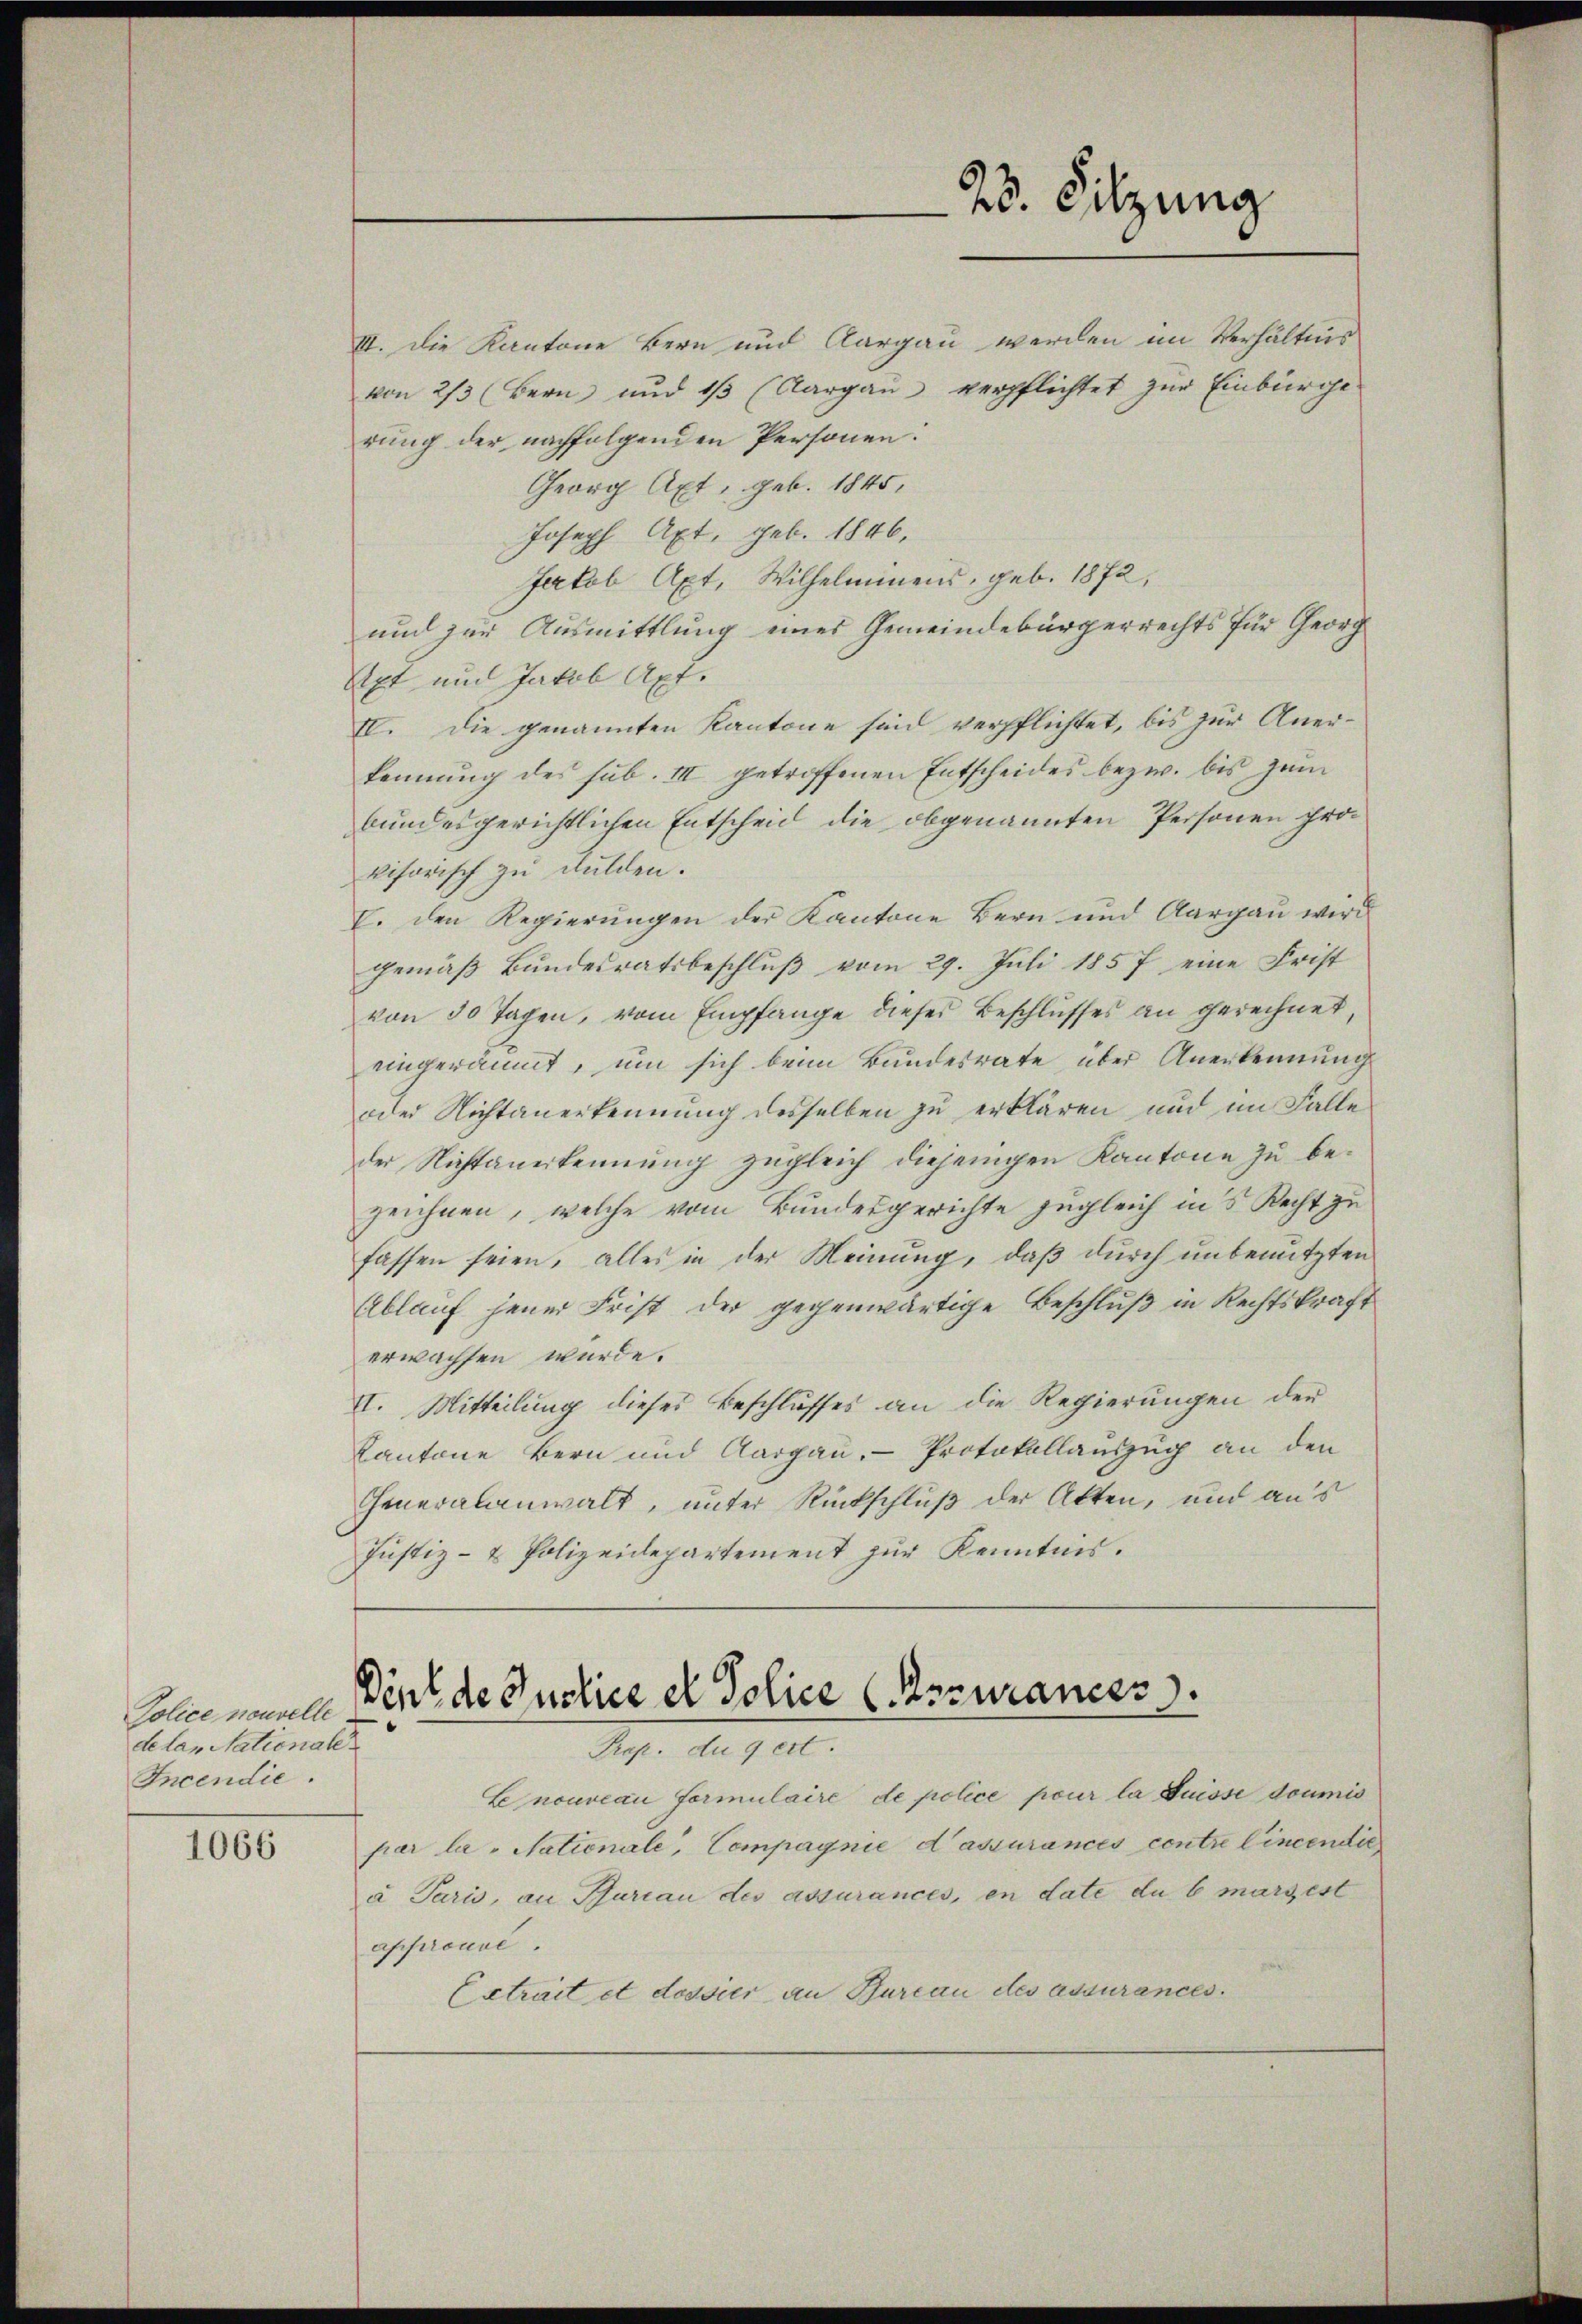
Police nouvelle.
delan Nationale
Incendie.

1066

II. Die Kantone Bern und Aargau werden im Verhältnis
von 2/3 (Bern und 1/3 (Aargaŭ verpflichtet zŭr Einbürge
rung der nachfolgenden Personen:
Georg Axt, geb. 1845,
Joseph Axt, geb. 1846,
Jakob Axt, Wilhelminens, geb. 1872,
und zur Ausmittlung eines Gemeindebürgerrechts für Georg
Apt und Jakob Apt.
IV. Die genannten Kantone sind verpflichtet, bis zur Aner-
kennung des sub. III getroffenen Entscheides bezw. bis zum
bundesgerichtlichen Entscheid die obgenannten Personen prokisorisch zu dulden.
I. den Regierungen der Kantone Bern und Aargau wird
gemäß Bundesratsbeschluß vom 29. Juli 1857 eine Frist
von 30 Tagen, vom Empfange dieses Beschlusses an gerechnet,
eingeräumt, um sich beim Bundesrate über Anerkennung
oder Nichtanerkennung desselben zu erklären und im Falle
der Nichtanerkennung zŭgleich diejenigen Kantone zu be-
zeichnen, welche vom Bundesgerichte zugleich in's Recht zu
fassen seien, alles in der Meinung, daß durch unbenutzten
Ablauf jener Frist der gegenwärtige Beschluß in Rechtskraft
erwachsen würde.
II. Mitteilung dieses Beschlusses an die Regierŭngen der
Kantone Bern und Aargau. Protokollauszug an den
Generalanwalt, unter Rückschluß der Atten, und aus
Justiz- & Polizeidepartement zŭr Kenntnis.

25. Sitzung

Dink de Justice et Police (Assurances
Prop. du gert.

Lenouveau formulaire de police pour la Suisse doumis
par la - Nationale, Compagnie d’assurances contre Cincentie
a Paris, an Purian des assurances, en date du 6 margest
approuve
Estrait et dessier an Bureau des assurances.